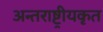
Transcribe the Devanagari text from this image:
अन्तराष्ट्रीयकृत